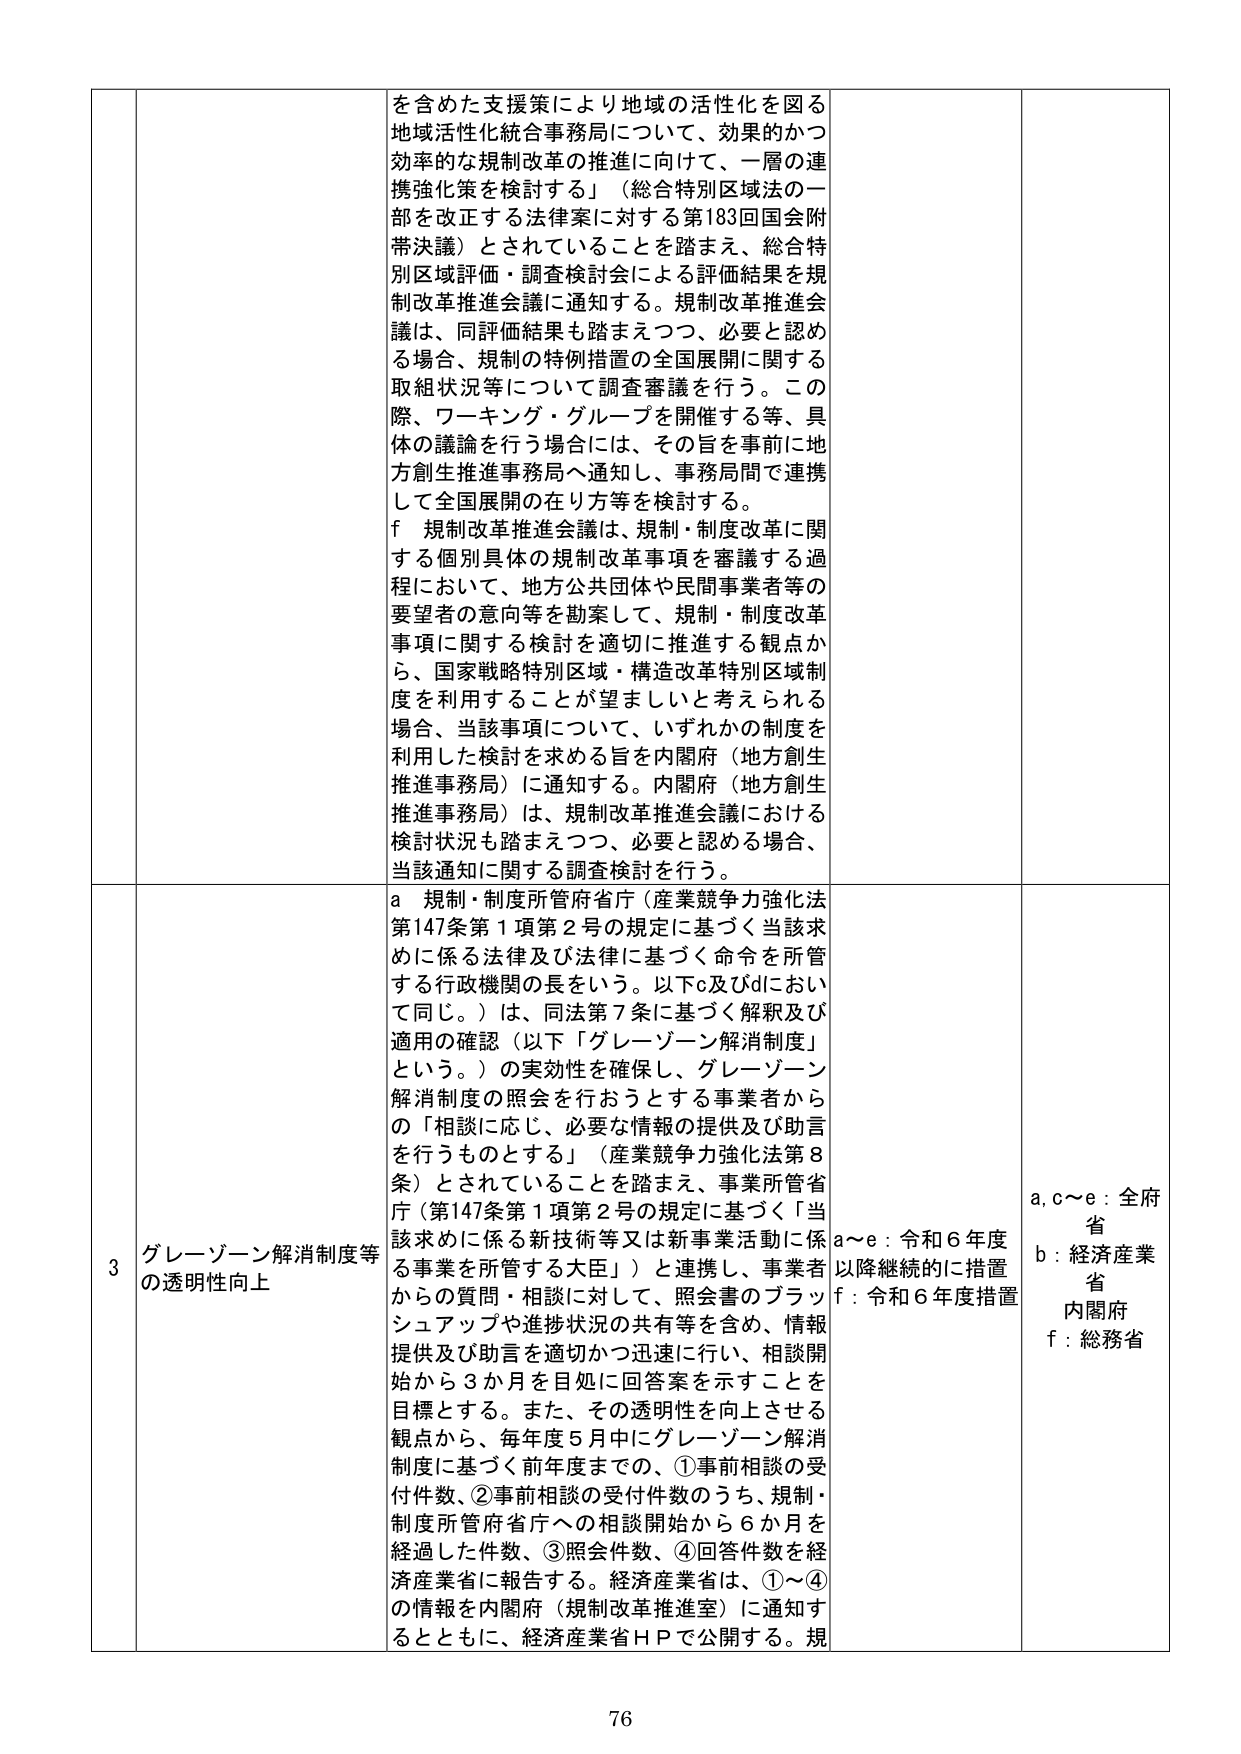
を含めた支援策により地域の活性化を図る
地域活性化統合事務局について、効果的かつ
効率的な規制改革の推進に向けて、一層の連
携強化策を検討する」（総合特別区域法の一
部を改正する法律案に対する第183回国会附
帯決議）とされていることを踏まえ、総合特
別区域評価・調査検討会による評価結果を規
制改革推進会議に通知する。規制改革推進会
議は、同評価結果も踏まえつつ、必要と認め
る場合、規制の特例措置の全国展開に関する
取組状況等について調査審議を行う。この
際、ワーキング・グループを開催する等、具
体の議論を行う場合は、その旨を事前に地
方創生推進事務局へ通知し、事務局間で連携
して全国展開の在り方等を検討する。
f 規制改革推進会議は、規制・制度改革に関
する個別具体的な規制改革事項を審議する過
程において、地方公共団体や民間事業者等の
要望者の意向等を勘案して、規制・制度改革
事項に関する検討を適切に推進する観点か
ら、国家戦略特別区域・構造改革特別区域制
度を利用することが望ましいと考えられる
場合、当該事項について、いずれかの制度を
利用した検討を求める旨を内閣府（地方創生
推進事務局）に通知する。内閣府（地方創生
推進事務局）は、規制改革推進会議における
検討状況も踏まえつつ、必要と認める場合、
当該通知に関する調査検討を行う。

3 グレーゾーン解消制度等
の透明性向上

a 規制・制度所管府省庁（産業競争力強化法
第147条第1項第2号の規定に基づく当該求
めに係る法律及び法律に基づく命令を所管
する行政機関の長をいう。以下c及びdにおい
て同じ。）は、同法第7条に基づく解釈及び
適用の確認（以下「グレーゾーン解消制度」
という。）の実効性を確保し、グレーゾーン
解消制度の照会を行おうとする事業者から
の「相談に応じ、必要な情報の提供及び助言
を行うものとする」（産業競争力強化法第8
条）とされていることを踏まえ、事業所管省
庁（第147条第1項第2号の規定に基づく「当
該求めに係る新技術等又は新事業活動に係
る事業を所管する大臣」）と連携し、事業者
からの質問・相談に対して、照会書のプラッ
シュアップや進捗状況の共有等を含め、情報
提供及び助言を適切かつ迅速に行い、相談開
始から3か月を目処に回答案を示すことを
目標とする。また、その透明性を向上させる
観点から、毎年度5月中にグレーゾーン解消
制度に基づく前年度までの、①事前相談の受
付件数、②事前相談の受付件数のうち、規制・
制度所管府省庁への相談開始から6か月を
経過した件数、③照会件数、④回答件数を経
済産業省に報告する。経済産業省は、①～④
の情報を内閣府（規制改革推進室）に通知す
るとともに、経済産業省ＨＰで公開する。規

a～e：令和6年度
以降継続的に措置
f：令和6年度措置

a, c～e：全府
省
b：経済産業
省
内閣府
f：総務省

76